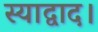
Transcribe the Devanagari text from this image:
स्याद्वाद।